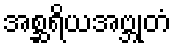
အစ္ဆရိယအဗ္ဘုတံ